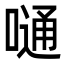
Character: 嗵